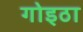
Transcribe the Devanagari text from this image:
गोइठा